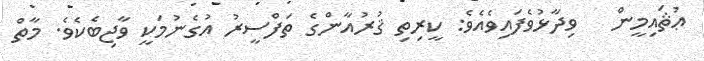
ޢުޘައިމީން   ވިދާޅުވެފައިވެއެވެ: ކީރިތި ޤުރުއާންގެ ތަފްސީރު އުގެނުމަކީ ވާޖިބެކެވެ. މާތް